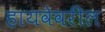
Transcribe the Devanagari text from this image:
हायवेवरील